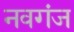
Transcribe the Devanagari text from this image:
नवगंज